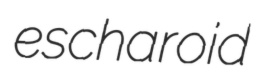
escharoid